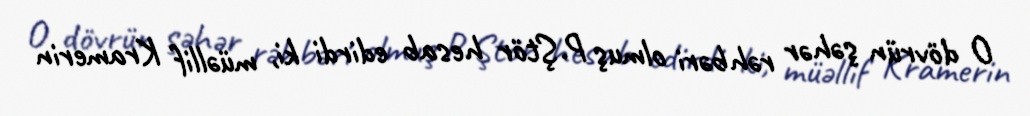
O dövrün şəhər rəhbəri olmuş P.Ştör hesab edirdi ki, müəllif Kramerin